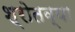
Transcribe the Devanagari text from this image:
श्रोतव्या